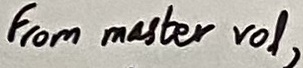
Text: From master vol,